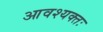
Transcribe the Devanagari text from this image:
आवश्यक्तः